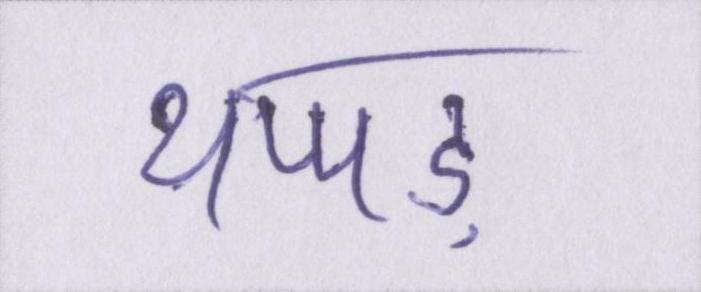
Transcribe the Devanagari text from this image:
थप्पड़